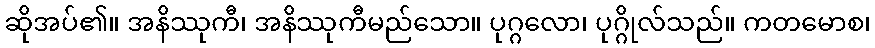
ဆိုအပ်၏။ အနိဿုကီ၊ အနိဿုကီမည်သော။ ပုဂ္ဂလော၊ ပုဂ္ဂိုလ်သည်။ ကတမောစ၊